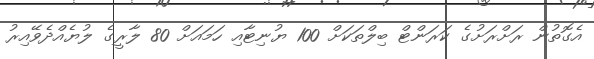
އެގޮތުން ރަށްރަށުގެ ކަރަންޓް ބިލްތަކަށް 100 ޔުނިޓާއި ހަމައަށް 80 ލާރީގެ ލުޔެއްދެވޭއިރު